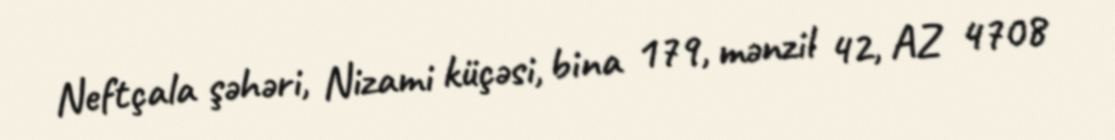
Neftçala şəhəri, Nizami küçəsi, bina 179, mənzil 42, AZ 4708